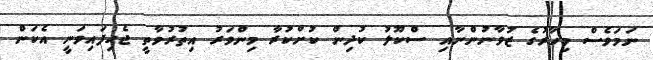
ނަމަވެސް މިހާރުގެ ޒުވާނުންނާއި ސްކޫލު ކުދިން ކުށްކުރާ މިންވަރު އިތުރުވާތީ ޖެހިފައިވަނީ އެކަން